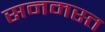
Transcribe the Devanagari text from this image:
सनमस्त